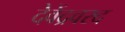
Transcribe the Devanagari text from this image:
देवेंद्रवरद